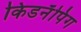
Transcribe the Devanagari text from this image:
किडनॅपिंग